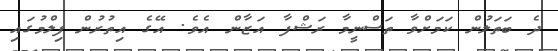
ދެ ބަތަލުން ކަމަށްވާ ތަސްނީމާ ރަޝްފާ އަޒާން އެވެ. އޭގެ އިތުރުން ފިލްމުގައި